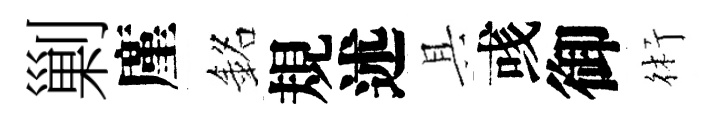
剿廑銘規述具彧御術